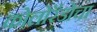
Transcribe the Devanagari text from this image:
कोलोरॅडोचा